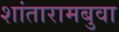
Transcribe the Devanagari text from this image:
शांतारामबुवा